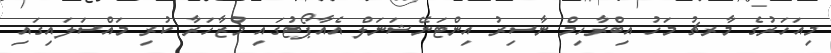
މިއަހަރުގެ މާރޗު މަހު އިބްރާހިމް ނާސިރު އިންޓަނޭޝަނަލް އެއާޕޯޓުގައި މުޒާހަރާ ކުރި މައްސަލައިގައި